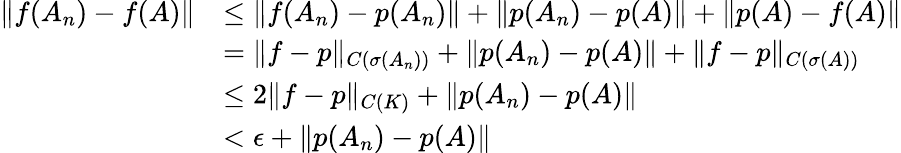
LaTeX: \begin{array}{rl}{\| f(A_{n})-f(A)\| }&{\le\| f(A_{n})-p(A_{n})\| +\| p(A_{n})-p(A)\| +\| p(A)-f(A)\| }\\ &{=\| f-p\| _{C(σ(A_{n}))}+\| p(A_{n})-p(A)\| +\| f-p\| _{C(σ(A))}}\\ &{\le 2\| f-p\| _{C(K)}+\| p(A_{n})-p(A)\| }\\ &{<\epsilon+\| p(A_{n})-p(A)\| }\end{array}